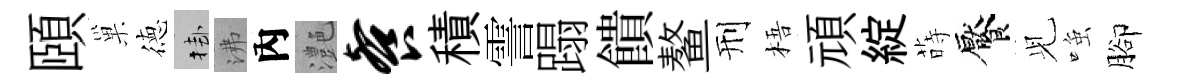
頤巢徳挂沸內灔餐積霅蹋饋鳌刑梧頑綻蒔饜𫤗𫪻腳